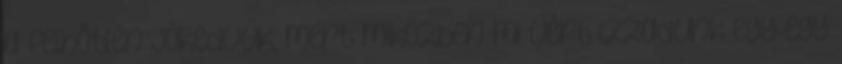
a felhőtlen jókedvük, mert miközben mi vért izzadunk egy-egy